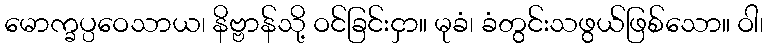
မောက္ခပ္ပဝေသာယ၊ နိဗ္ဗာန်သို့ ဝင်ခြင်းငှာ။ မုခံ၊ ခံတွင်းသဖွယ်ဖြစ်သော။ ဝါ၊